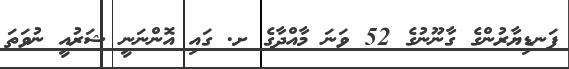
ފަނޑިޔާރުންގެ ގާނޫނުގެ 52 ވަނަ މާއްދާގެ ށ. ގައި އޮންނަނީ ޝަރުއީ ނުވަތަ